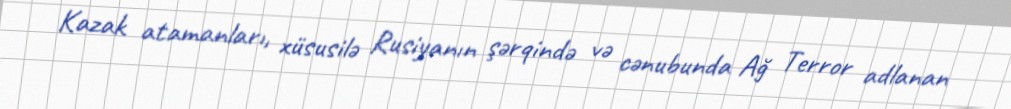
Kazak atamanları, xüsusilə Rusiyanın şərqində və cənubunda Ağ Terror adlanan